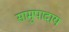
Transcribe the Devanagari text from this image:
सामुपादाय